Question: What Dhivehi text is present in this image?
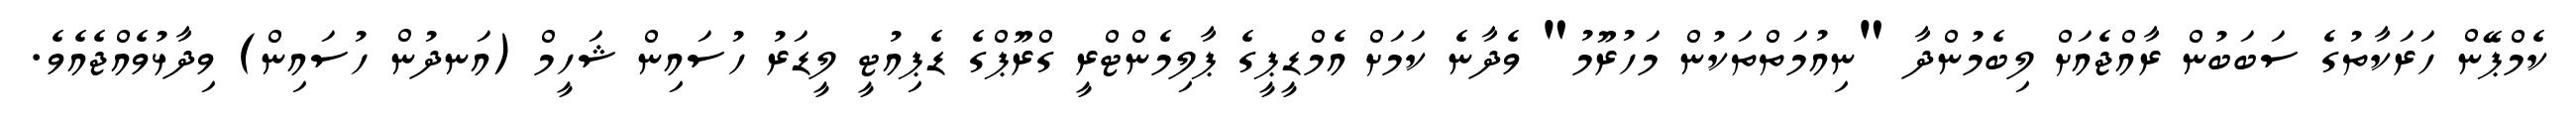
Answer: ކެމްޕޭން ހަރަކާތުގެ ސަބަބުން ރާއްޖެއަށް ލިބެމުންދާ "ނިއުމަތްތަކުން މަހުރޫމު" ވެދާނެ ކަމަށް އެމްޑީޕީގެ ޕާލިމެންޓްރީ ގްރޫޕްގެ ޑެޕިއުޓީ ލީޑަރު ހުސައިން ޝަހީމް (އަނދުން ހުސައިން) ވިދާޅުވެއްޖެއެވެ.